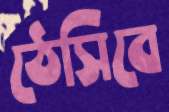
ঠেসিবে